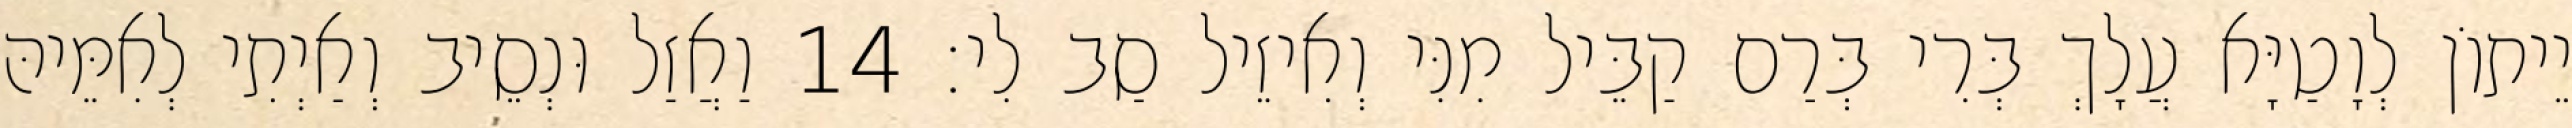
יֵיתוֹן לְוָטַיָּא עֲלָךְ בְּרִי בְּרַם קַבֵּיל מִנִּי וְאִיזֵיל סַב לִי׃ 14 וַאֲזַל וּנְסֵיב וְאַיְתִי לְאִמֵּיהּ